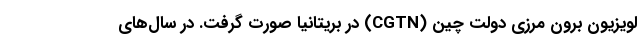
لویزیون برون مرزی دولت چین (CGTN) در بریتانیا صورت گرفت. در سال‌های